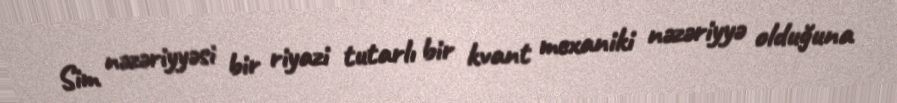
Sim nəzəriyyəsi bir riyazi tutarlı bir kvant mexaniki nəzəriyyə olduğuna